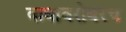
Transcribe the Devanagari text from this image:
वाघाबरोबरच